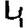
Digit: 4